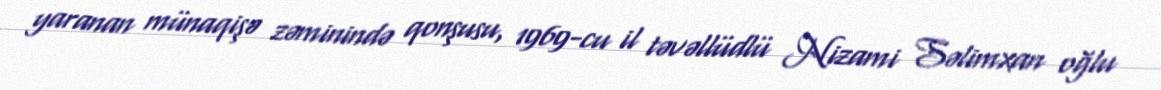
yaranan münaqişə zəminində qonşusu, 1969-cu il təvəllüdlü Nizami Səlimxan oğlu